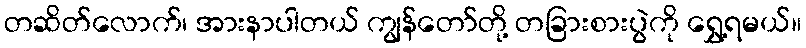
တဆိတ်လောက်၊ အားနာပါတယ် ကျွန်တော်တို့ တခြားစားပွဲကို ရွှေ့ရမယ်။